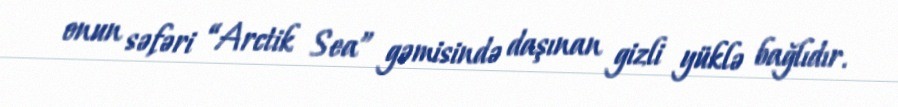
onun səfəri “Arctik Sea” gəmisində daşınan gizli yüklə bağlıdır.